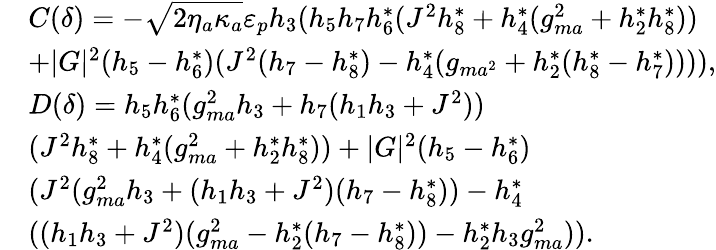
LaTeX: \begin{array}{rl}&{C(\delta)=-\sqrt{2\eta_{a}\kappa_{a}}\varepsilon_{p}h_{3}(h_{5}h_{7}h_{6}^{*}(J^{2}h_{8}^{*}+h_{4}^{*}(g_{ma}^{2}+h_{2}^{*}h_{8}^{*}))}\\ &{+|G|^{2}(h_{5}-h_{6}^{*})(J^{2}(h_{7}-h_{8}^{*})-h_{4}^{*}(g_{ma^{2}}+h_{2}^{*}(h_{8}^{*}-h_{7}^{*})))),}\\ &{D(\delta)=h_{5}h_{6}^{*}(g_{ma}^{2}h_{3}+h_{7}(h_{1}h_{3}+J^{2}))}\\ &{(J^{2}h_{8}^{*}+h_{4}^{*}(g_{ma}^{2}+h_{2}^{*}h_{8}^{*}))+|G|^{2}(h_{5}-h_{6}^{*})}\\ &{(J^{2}(g_{ma}^{2}h_{3}+(h_{1}h_{3}+J^{2})(h_{7}-h_{8}^{*}))-h_{4}^{*}}\\ &{((h_{1}h_{3}+J^{2})(g_{ma}^{2}-h_{2}^{*}(h_{7}-h_{8}^{*}))-h_{2}^{*}h_{3}g_{ma}^{2})).}\end{array}